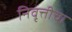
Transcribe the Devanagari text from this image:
निवृत्तीचा